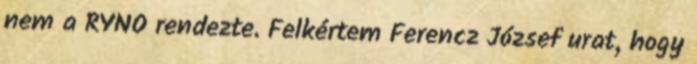
nem a RYNO rendezte. Felkértem Ferencz József urat, hogy